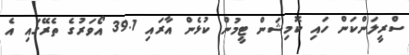
ސްރީލަންކަން ހައި ކޮމިޝަން ޓީމުން ކުޅެން އާރައި 39.1 އޯވަރުގެ ތެރޭގައި އެ